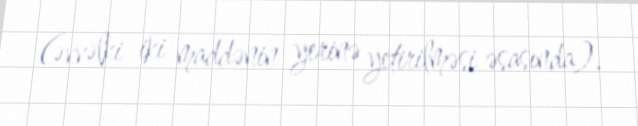
(əvvəlki iki maddənin yerinə yetirilməsi əsasında).